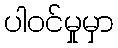
ပါဝင်မှုမှာ